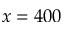
x = 4 0 0